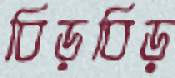
বিড়বিড়